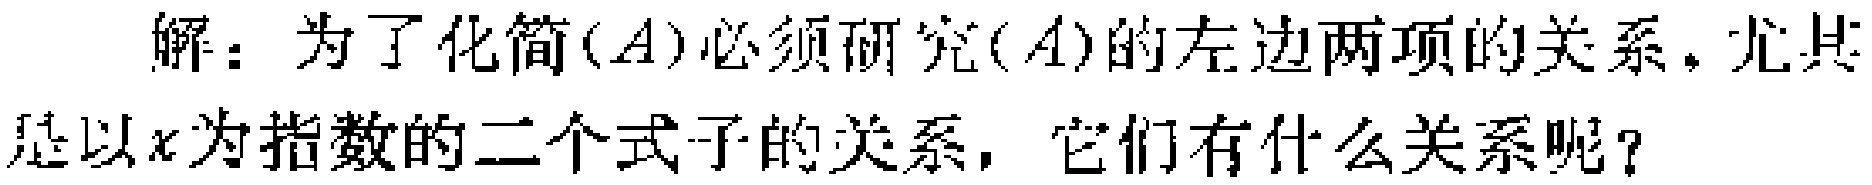
解：为了化简$(A)$必须研究$(A)$的左边两项的关系，尤其是以$x$为指数的二个式子的关系，它们有什么关系呢？